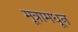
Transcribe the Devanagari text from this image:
मूत्रामधून